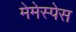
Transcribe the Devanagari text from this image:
मेमेस्पेस